Indian journal of veterinary science and animal husbandry - Volumes 15-17, 1948-1951
Year: 1948
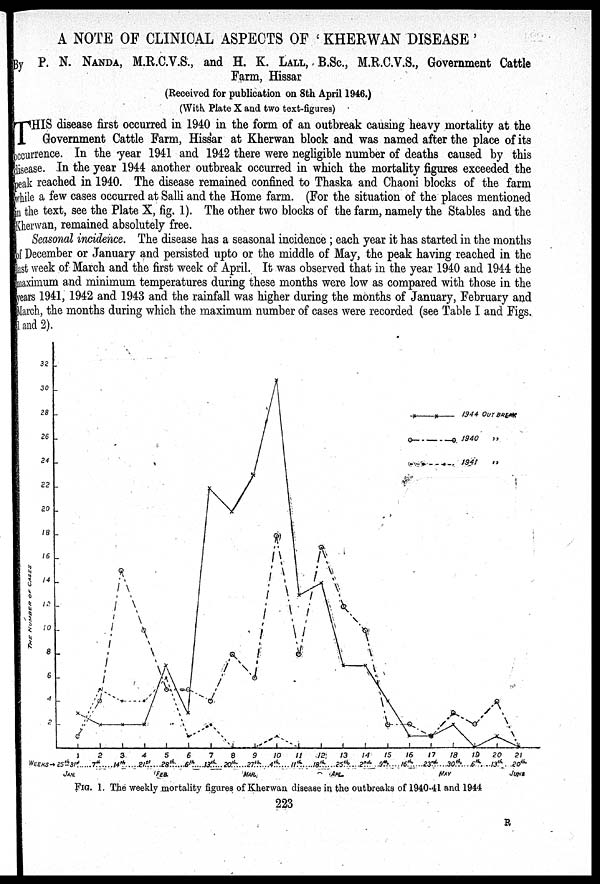
A NOTE OF CLINICAL ASPECTS OF ' KHERWAN DISEASE '
By P. N. NANDA, M.R.C.V.S., and H. K. LALL, B.Sc., M.R.C.V.S., Government Cattle
Farm, Hissar
(Received for publication on 8th April 1946.)
(With Plate X and two text-figures)
T HIS disease first occurred in 1940 in the form of an outbreak causing heavy mortality at the
Government Cattle Farm, Hissar at Kherwan block and was named after the place of its
occurrence. In the year 1941 and 1942 there were negligible number of deaths caused by this
disease. In the year 1944 another outbreak occurred in which the mortality figures exceeded the
peak reached in 1940. The disease remained confined to Thaska and Chaoni blocks of the farm
while a few cases occurred at Salli and the Home farm. (For the situation of the places mentioned
in the text, see the Plate X, fig. 1). The other two blocks of the farm, namely the Stables and the
Kherwan, remained absolutely free.
Seasonal incidence. The disease has a seasonal incidence ; each year it has started in the months
of December or January and persisted upto or the middle of May, the peak having reached in the
last week of March and the first week of April. It was observed that in the year 1940 and 1944 the
maximum and minimum temperatures during these months were low as compared with those in the
years 1941, 1942 and 1943 and the rainfall was higher during the months of January, February and
March, the months during which the maximum number of cases were recorded (see Table I and Figs.
1 and 2).
FIG. 1. The weekly mortality figures of Kherwan disease in the outbreaks of 1940-41 and 1944
223
R